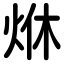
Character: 烌